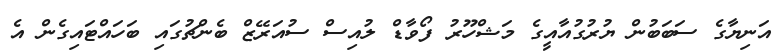
އަނިޔާގެ ސަބަބުން ޔުރުގުއާއީގެ މަޝްހޫރު ފޯވާޑް ލުއިސް ސުއަރޭޒް ބެންޗުގައި ބަހައްޓައިގެން އެ